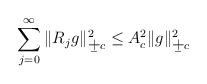
LaTeX: \begin{align*} \sum_{j=0}^\infty \| R_j g \|_{\b+c}^2 \leq A_c^2 \| g \|_{\b+c}^2 \end{align*}